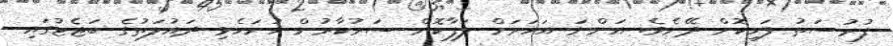
ފުރުސަތު ފަހިކޮށް ދޭށެވެ. އަންނަ އަހަރަށް ލަފާކޮށް ސަރުކާރުން ހުށަހެޅި ދައުލަތުގެ ބަޖެޓުގައި